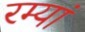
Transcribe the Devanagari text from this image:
रम्यां